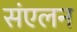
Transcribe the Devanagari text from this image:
संंएलन